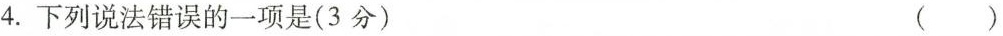
4.下列说法错误的一项是(3分) ()